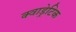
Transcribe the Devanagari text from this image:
क्वाड्रेटिक